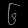
Digit: ၆